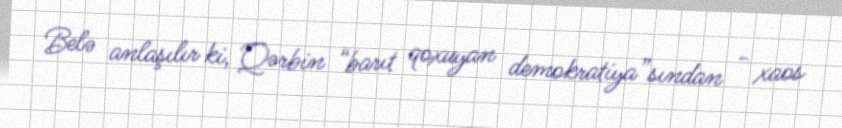
Belə anlaşılır ki, Qərbin “barıt qoxuyan demokratiya”sından - xaos